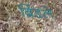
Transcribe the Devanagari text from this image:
ब्रिंडले